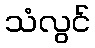
သံလွင်